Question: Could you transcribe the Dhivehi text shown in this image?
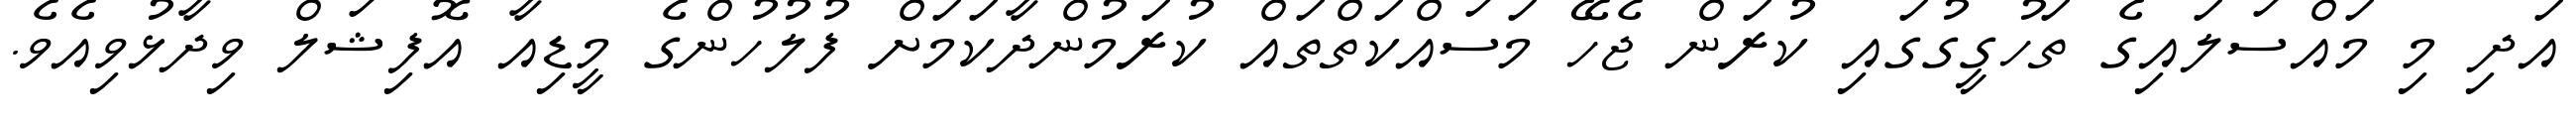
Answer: އަދި މި މައްސަލައިގެ ތަހުގީގުގައި ކުރަން ޖެހޭ މަސައްކަތްތައް ކުރަމުންދާކަމަށް ފުލުހުންގެ މީޑިއާ އޮފިޝަލް ވިދާޅުވިއެވެ.